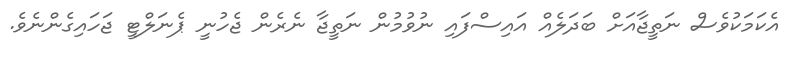
އެކަމަކުވެސް ނަތީޖާއަށް ބަދަލެއް އައިސްފައި ނުވުމުން ނަތީޖާ ނެރެން ޖެހުނީ ޕެނަލްޓީ ޖަހައިގެންނެވެ.